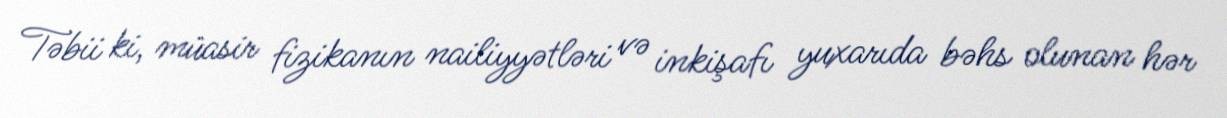
Təbii ki, müasir fizikanın nailiyyətləri və inkişafı yuxarıda bəhs olunan hər